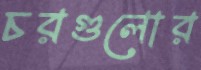
চরগুলোর